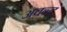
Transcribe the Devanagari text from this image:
अवन्ट